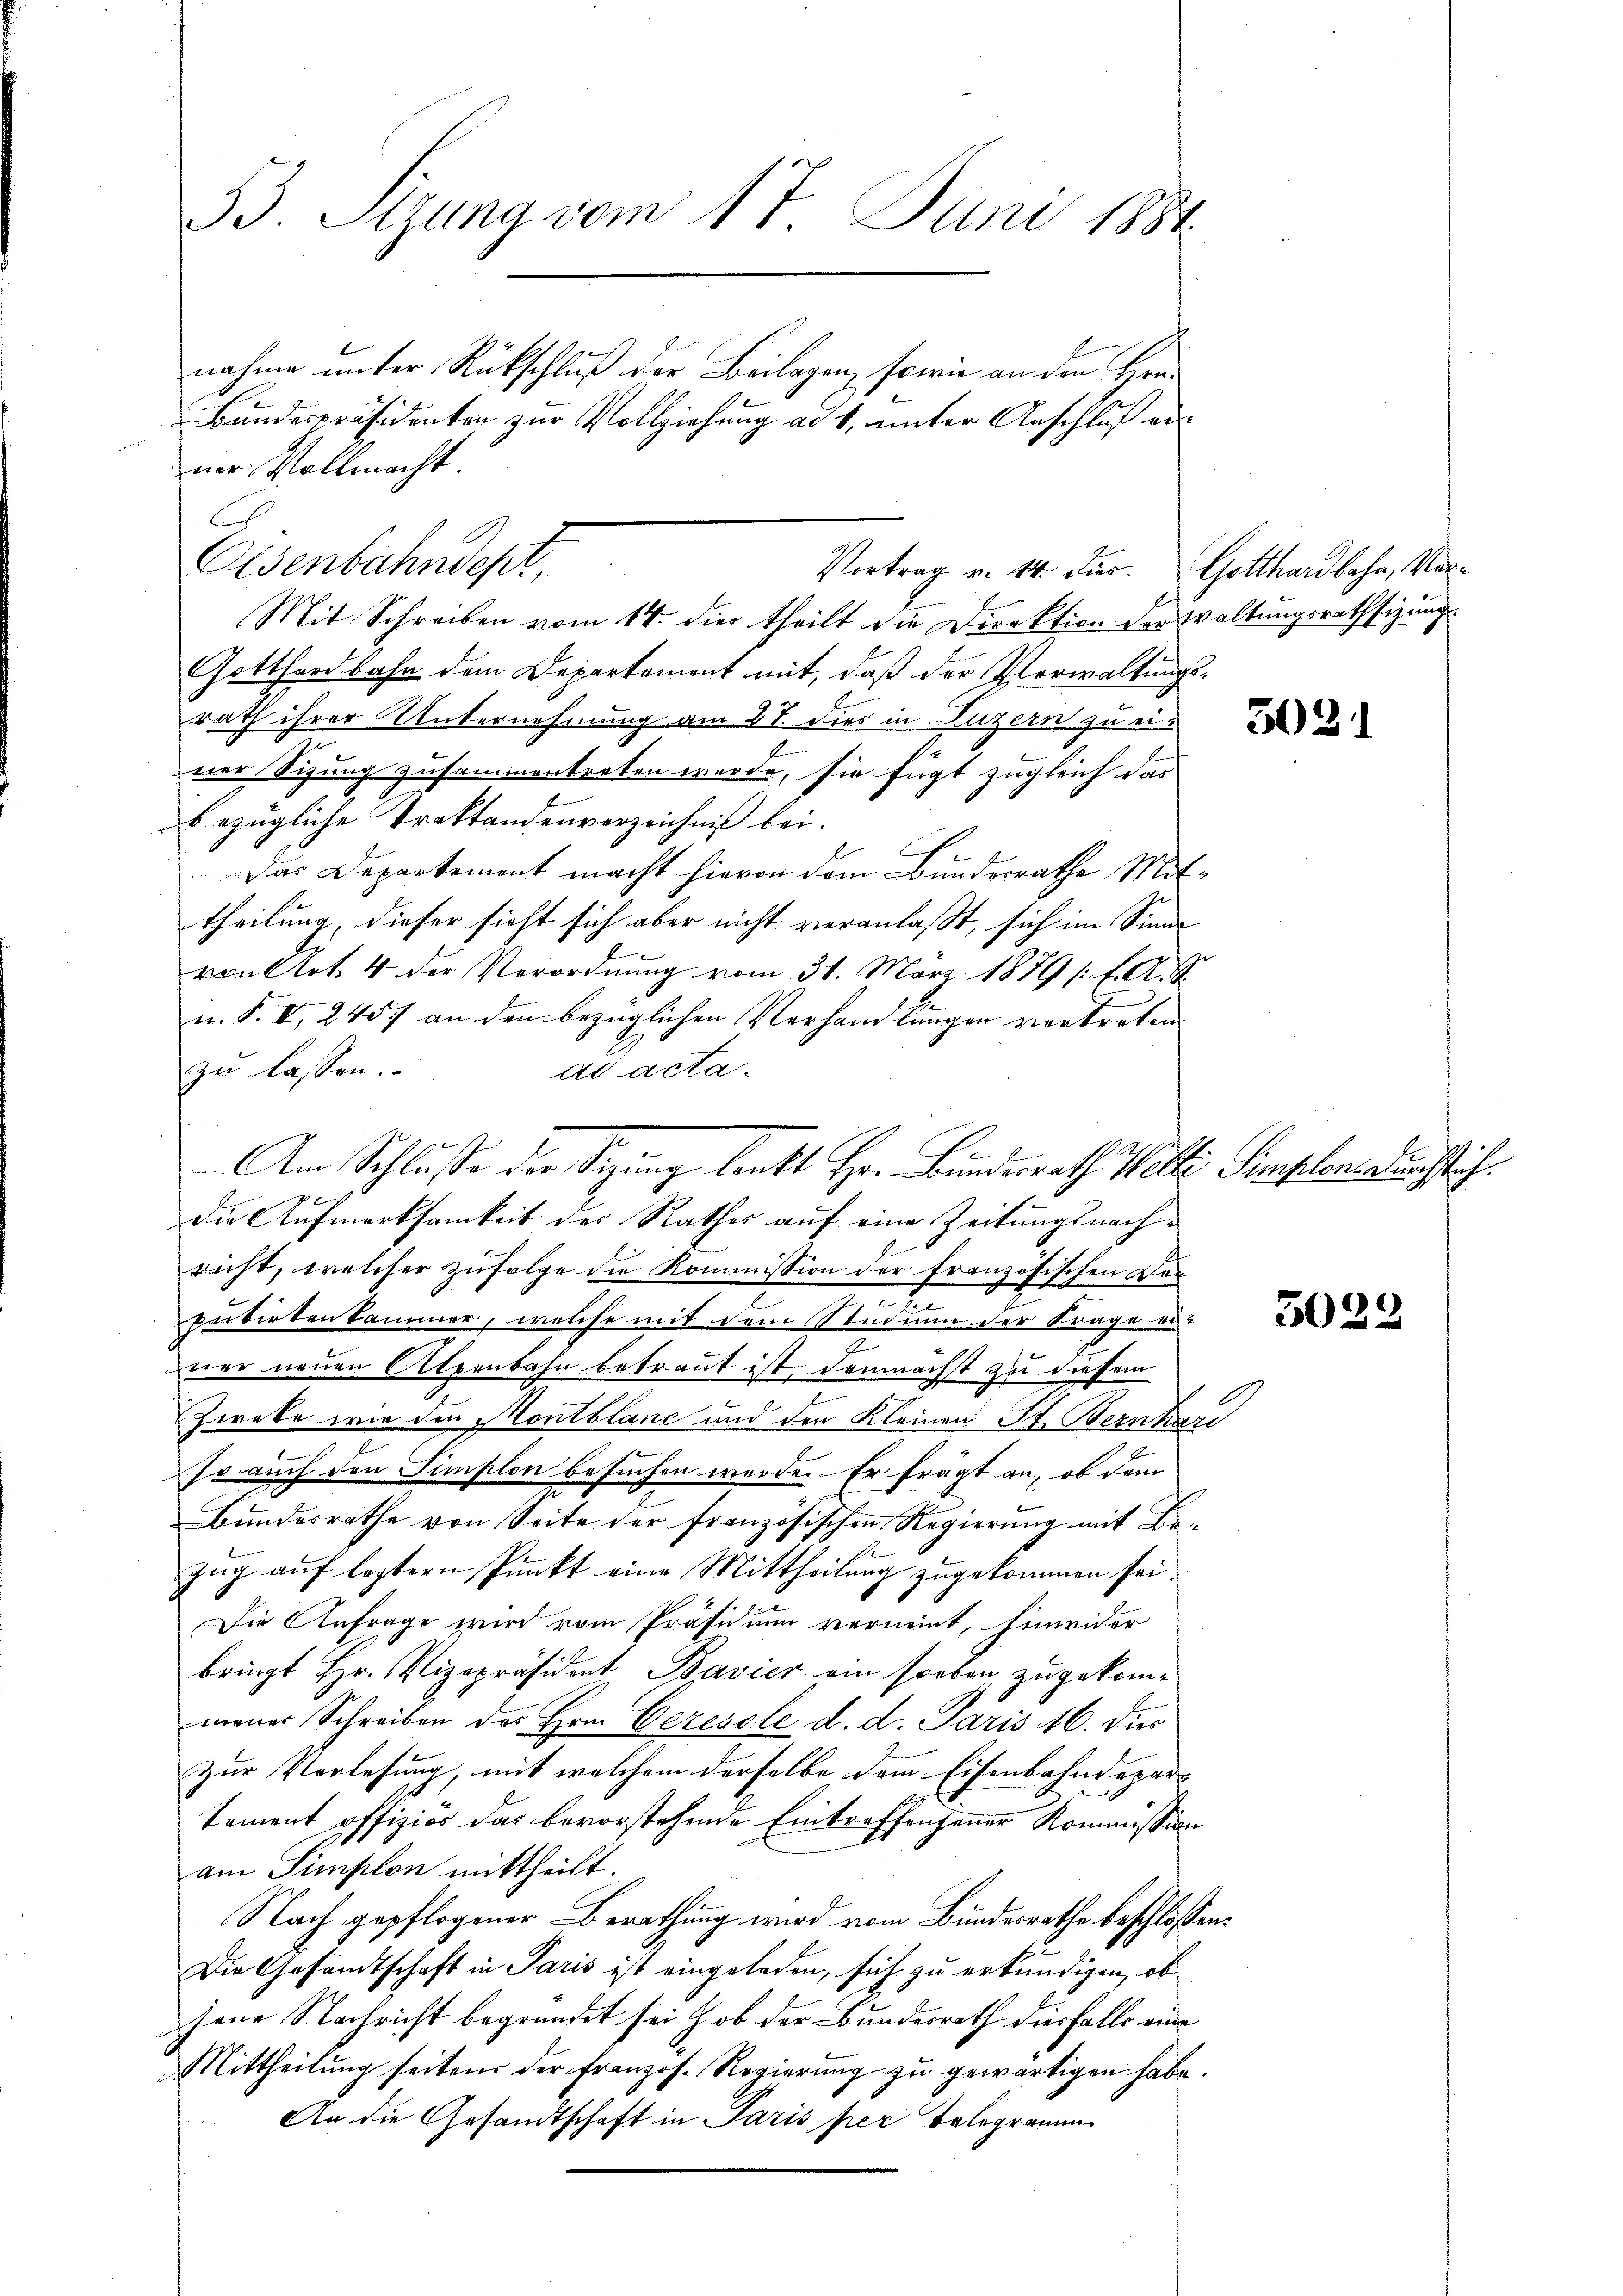
33. Stzung vom 1t Juni 1884

nahme unter Rückschluß der Beilagen, sowie an den Hrn.
Bundespräsidenten zur Vollziehung ad 1, unter Anschluß au
ner Vollmacht.
h
Olsenbahndept,
Mit Schreiben vom 14. dies theilt die Direktion der Waltungsrathsizung
Gotthardbahn dem Departement mit, daß der Verwaltungs-
rath ihrer Unternehmung am 27. dies in Luzern zu einer Sizung zusammentreten werde, sie fügt zugleich das
bezügliche Traktandenverzeichniß bei.
Das Departement macht hievon dem Bundesrathe Mittheilung, dieser sieht sich aber nicht veranlaßt, sich im Sinne
von Art. 4 der Verordnung vom 31. März 1879 /: f. A. S.
n. F. V, 245 an den bezüglichen Verhandlungen vertreten
zu lassen.
ad acta.
die Aufmerksamkeit des Rathes auf eine Zeitungsnachricht, welcher zufolge die Kommission der französischen Derpubirten kammer, welche mit dem Studium der Frage er-
ner neuen Alpenbahn betraut ist, demnächst zu diesem
Zweke wir den Montblanc und den Kleinen St. Bernhard
so auch den Simplon besuchen werde. Er frägt an, ob dem
Bŭndesrathe von Seite der französischen Regierŭng mit Be-
zug auf leztern Punkt eine Mittheilung zugekommen sei.
Die Anfrage wird vom Präsidium verneint, hinwider
bringt Hr. Vizepräsident Bavier ein soeben, zugekommeiner Schreiben des Hrn. Ceresole d. d. Paris 16. dies
zur Vorlesung, mit welchem derselbe dem Eisenbahndepartement offiziös das bevorstehende Eintreffenhauer Kommission
am Simplon mittheilt.
Nach gepflogener Berathung wird vom Bundesrathe beschlossen:
Die Gesandtschaft in Paris ist eingeladen, sich zu erkundigen, ob
jene Nachricht begründet sei hob der Bundesrath diesfalls eine
Mittheilung seitens der französ. Regierung zu gewärtigen habe.
An die Gesandtschaft in Paris per Telogramm

Vortrag v. 14. Fur. Gotthardbahn, Mar¬

Am Schlusse der Sitzung lenkt Hr. Bundesrath Welti Sempeln. Durchstich¬

3022